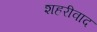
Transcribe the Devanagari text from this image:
शहरीवाद